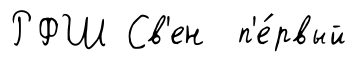
РФШ Св'ен п'е́рвый